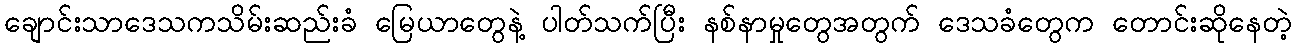
ချောင်းသာဒေသကသိမ်းဆည်းခံ မြေယာတွေနဲ့ ပါတ်သက်ပြီး နစ်နာမှုတွေအတွက် ဒေသခံတွေက တောင်းဆိုနေတဲ့